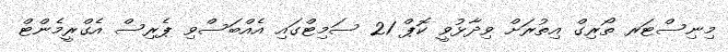
މިނިސްޓަރ ތޯރިގް އިތުރަށް ވިދާޅުވީ ކޮޕް 21 ސަމިޓްގައި އެއްބަސްވި ޕެރިސް އެގްރީމެންޓް